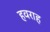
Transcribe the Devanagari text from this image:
हवराह